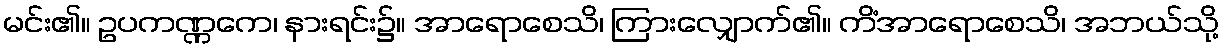
မင်း၏။ ဥပကဏ္ဏကေ၊ နားရင်း၌။ အာရောစေသိ၊ ကြားလျှောက်၏။ ကိံအာရောစေသိ၊ အဘယ်သို့